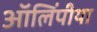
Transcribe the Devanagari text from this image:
ऑलिंपीया